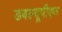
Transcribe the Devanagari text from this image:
डबल्यूपीएफ